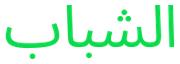
الشباب